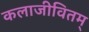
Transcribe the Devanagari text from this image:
कलाजीवितम्